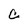
Character: C